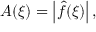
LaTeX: A ( \xi ) = \left| { \hat { f } } ( \xi ) \right| ,